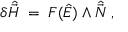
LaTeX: \delta \hat { \vec { H } } \; = \; F ( \hat { \cal E } ) \wedge \hat { \vec { \cal N } } \; ,